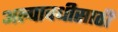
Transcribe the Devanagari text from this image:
अल्पावधीसाठी